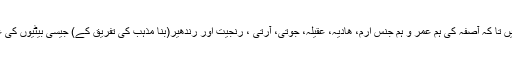
کاش کہ ایسے مجرموں کو عبرت ناک سزائیں دی جاتیں تا کہ آصفہ کی ہم عمر و ہم جنس ارم، ھادیہ، عقیلہ، جوتی، آرتی ، رنجیت اور رندھیر(بنا مذہب کی تفریق کے) جیسی بیٹیوں کی عزت و ناموس کو تحفظ ملنے کی ایک اُمید بندھ جائے۔